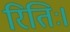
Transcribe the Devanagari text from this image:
रितिः।